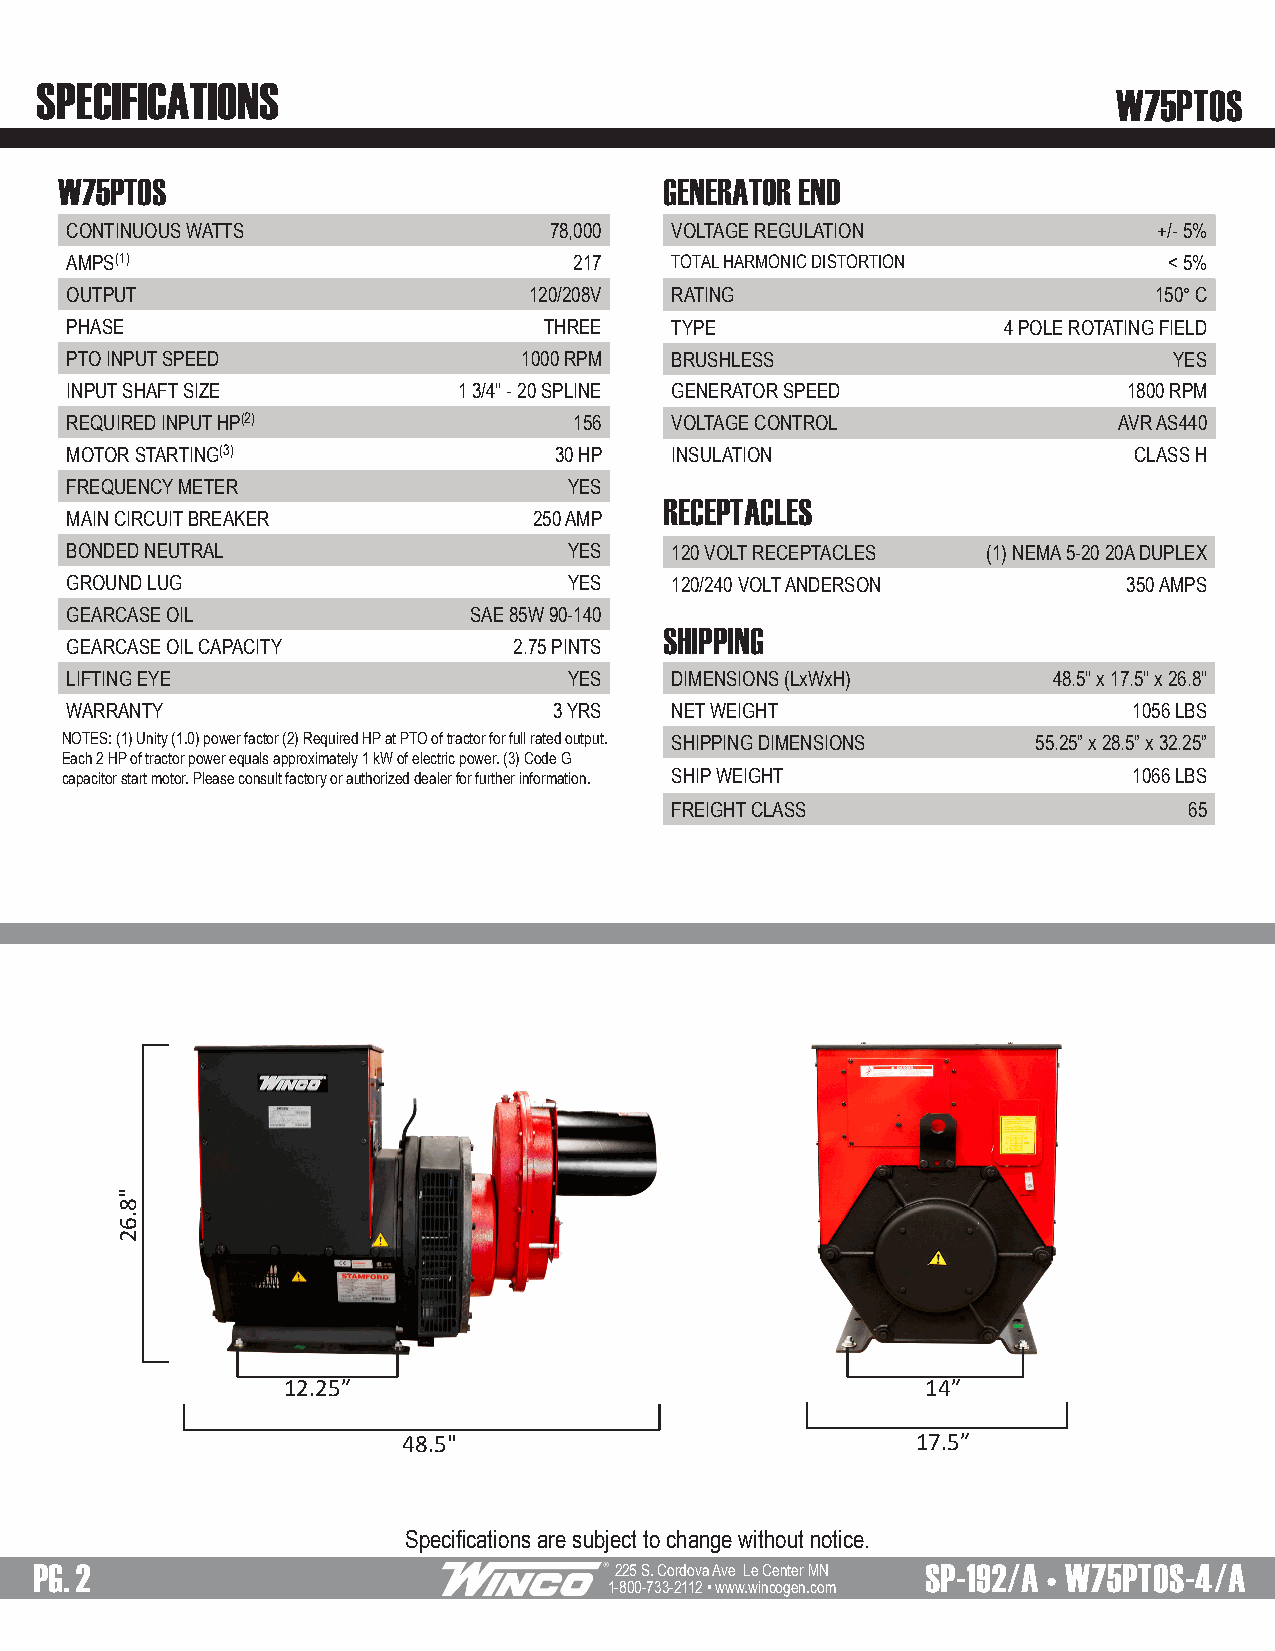
SPECIFICATIONS
 W75PTOS
 W75PTOS                                 GENERATOR END
 CONTINUOUS WATTS                78,000  VOLTAGE REGULATION               +/- 5%
 AMPS(1)                           217   TOTAL HARMONIC DISTORTION        < 5%
 OUTPUT                         120/208V RATING                          150° C
 PHASE                           THREE   TYPE                  4 POLE ROTATING FIELD
 PTO INPUT SPEED               1000 RPM  BRUSHLESS                         YES
 INPUT SHAFT SIZE          1 3/4" - 20 SPLINE GENERATOR SPEED           1800 RPM
 REQUIRED INPUT HP(2)              156   VOLTAGE CONTROL               AVR AS440
 MOTOR STARTING(3)                30 HP  INSULATION                     CLASS H
 FREQUENCY METER                   YES
 RECEPTACLES
 MAIN CIRCUIT BREAKER           250 AMP
 BONDED NEUTRAL                    YES   120 VOLT RECEPTACLES (1) NEMA 5-20 20A DUPLEX
 GROUND LUG                        YES   120/240 VOLT ANDERSON          350 AMPS
 GEARCASE OIL               SAE 85W 90-140
 SHIPPING
 GEARCASE OIL CAPACITY         2.75 PINTS
 LIFTING EYE                       YES   DIMENSIONS (LxWxH)        48.5" x 17.5" x 26.8"
 WARRANTY                         3 YRS  NET WEIGHT                     1056 LBS
 NOTES: (1) Unity (1.0) power factor (2) Required HP at PTO of tractor for full rated output. SHIPPING DIMENSIONS 55.25” x 28.5” x 32.25”
 Each 2 HP of tractor power equals approximately 1 kW of electric power. (3) Code G
 capacitor start motor. Please consult factory or authorized dealer for further information. SHIP WEIGHT 1066 LBS
 FREIGHT CLASS                      65
 12.25”                                    14”
 48.5"                             17.5”
 Specifications are subject to change without notice.
 PG. 2                                  225 S. Cordova Ave Le Center MN SP-192/A • W75PTOS-4/A
 1-800-733-2112 • www.wincogen.com
 "8.62